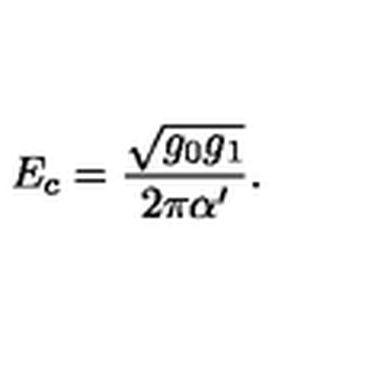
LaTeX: E _ { c } = \frac { \sqrt { g _ { 0 } g _ { 1 } } } { 2 \pi \alpha ^ { \prime } } .